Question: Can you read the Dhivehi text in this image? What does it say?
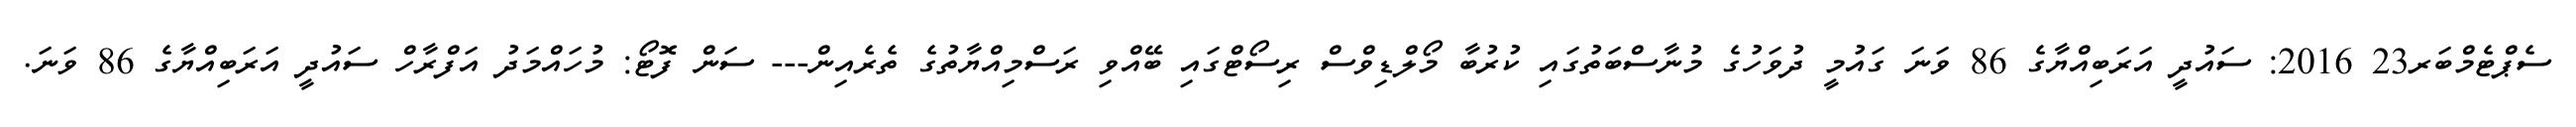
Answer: ސެޕްޓެމްބަރ23 2016: ސައުދީ އަރަބިއްޔާގެ 86 ވަނަ ގައުމީ ދުވަހުގެ މުނާސްބަތުގައި ކުރުބާ މޯލްޑިވްސް ރިސޯޓްގައި ބޭއްވި ރަސްމިއްޔާތުގެ ތެރެއިން--- ސަން ފޮޓޯ: މުހައްމަދު އަފްރާހް ސައުދީ އަރަބިއްޔާގެ 86 ވަނަ.